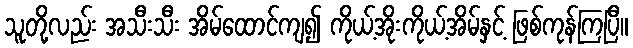
သူတို့လည်း အသီးသီး အိမ်ထောင်ကျ၍ ကိုယ့်အိုးကိုယ့်အိမ်နှင့် ဖြစ်ကုန်ကြပြီ။